Report on malaria in the Punjab during the year ...  together with an account of the work of the Punjab Malaria Bureau - Volume 3
Disease focus: Malaria
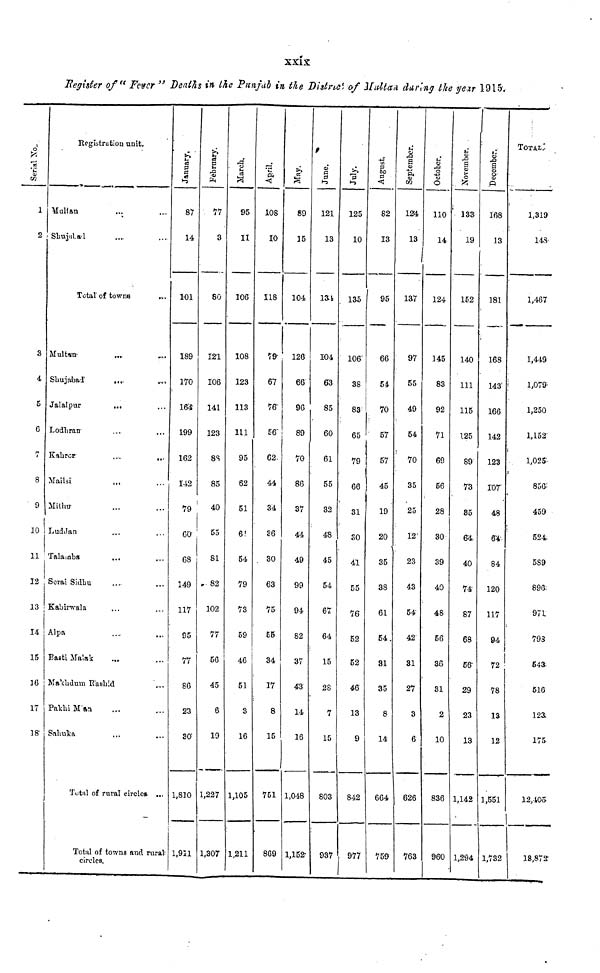
xxiv
Register of "Fever" Deaths in the Punjab in the District, of Hultan daring the year 1915.
Serial No.
1
2
3
4
5
6
7
8
9
10
11
12
13
14
15
16
17
18'
Registration unit-
Maltan ... ...
Shujalal ... ...
Total' of towns
Multan ... ...
Shujabad
.... ...
Jalalpur
... ...
Lodhran ... ...
Kahror ... ...
Mailsi ... ...
Mithu ... ...
LudJan ... ...
Talamba ... ...
Serai Sidhu ... ...
Kabirwala ... ...
Alpa ... ...
Pasti Malak ... ...
Makhdmn Rasbid ...
Pakhi Man ... ...
Sahuka ... ...
Total of rural circles ...
Total of towns and rural:
circles.
January,
87
14
101
189
170
164
199
162
142
79
GO'
68
149
117
95
77
86
23
30
1,810
1,911
February.
77
3
80
121
106
141
123
8S
85
40
55
81
82
102
77
56
45
6
19
1,227
1,307
March.
95
11
106
108
123
113
111
95
62
51
6
54
79
73
59
46
51
3
16
1,105
1,211
April.
108
10
118
79
67
76
56
62.
44
34
36
30
63
75
55
34
17
8
15
751
869
May.
89
15
104
126
66
96
89
70
86
37
44
49
99
94
82
37
43
14
16
1,048
1,152"
June.
121
13
134
104
63
85
60
61
55
32
48
45
54
67
64
15
28
7
15
803
937
July.
125
10
135
106
38
83
65
79
66
31
30
41
55
76
52
52
46
13
9
842
977
August.
I
82
13
95
66
54
70
57
57
45
19
20
35
38
61
54,
31
35
8
14
664
759
September.
13
137
97
55
49
54
70
35
25
12'
23
43
54
42
81
27
3
6
626
763
October.
110
14
124
145
83
92
71
69
56
28
30
39
40
48
56
36
31
2
10
836
960
November.
133
19
152
140
111
115
125
89
73
85
64
40
74
87
68
56
29
23
13
1,142
1,294
December.
168
13
181
168
143
166
142
123
107
48
6*
84
120
117
94
72
78
13
12
1,551
1,732
TOTAL.
1,319
143
1,467
1,449
1,079
1,250
1,152'
1,025
856:
459
524.
589
896;
971
793
543
516
123
175:
12,405
18,872